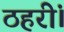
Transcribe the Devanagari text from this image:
ठहरीं।